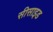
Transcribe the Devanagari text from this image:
सीसाइड